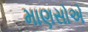
માણસોએ